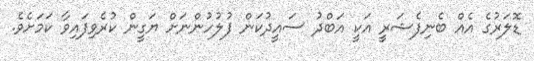
ޑޮލަރުގެ އެއް ބެނިފެޝަރީ އަކީ އަބްދު ސައީދުކަން ފުލުހުންނަށް ޔަގީން ކުރެވިފައިވާ ކަމަށެވެ.